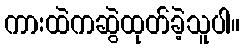
ကားထဲကဆွဲထုတ်ခဲ့သူပါ။